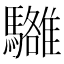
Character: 𩦼